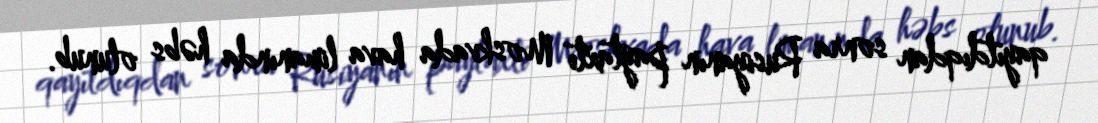
qayıtdıqdan sonra Rusiyanın paytaxtı Moskvada hava limanında həbs olunub.